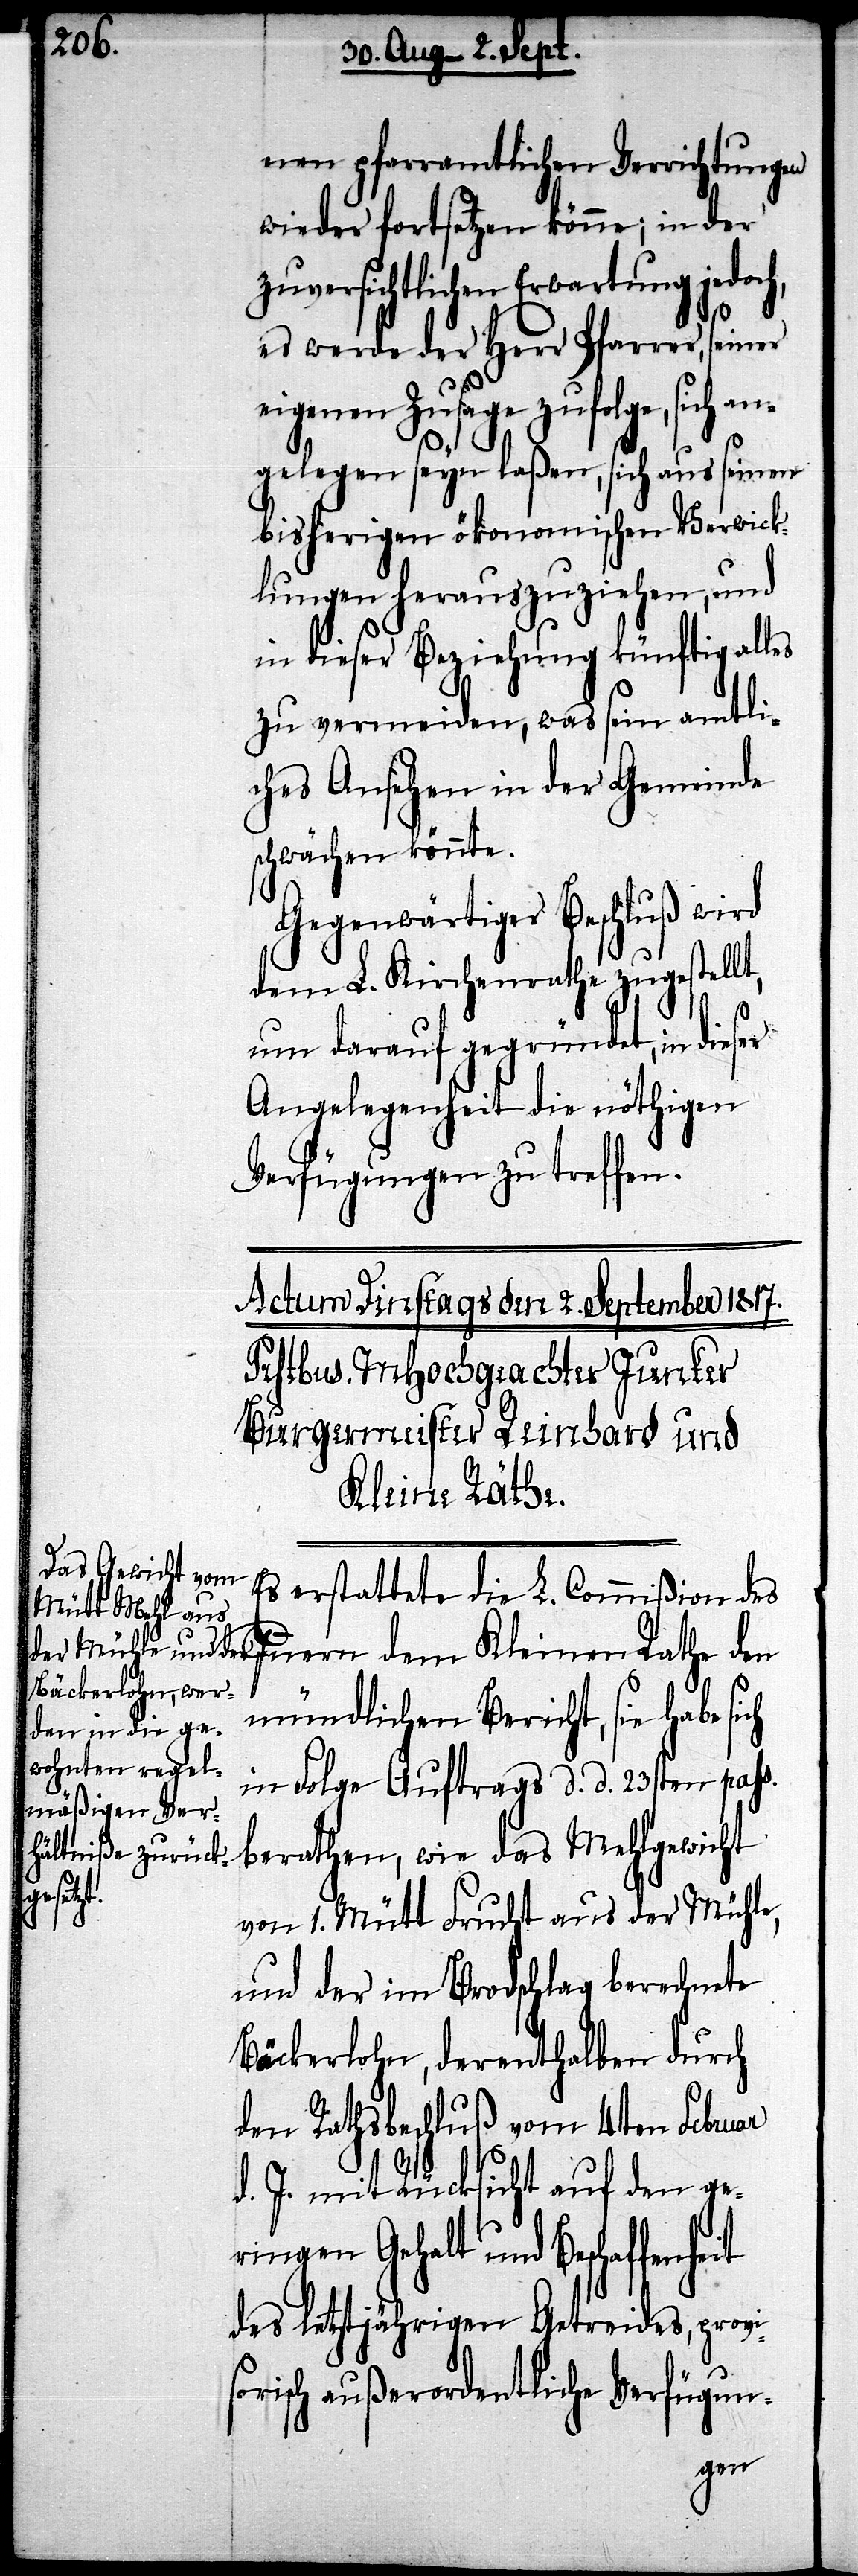
nen pfarramtlichen Verrichtungen
wieder fortsetzen könne; in der
zuversichtlichen Erwartung jedoch,
es werde der Herr Pfarrer, seiner
eigenen Zusage zufolge, sich an¬
gelegen seyn laßen, sich aus seinen
bisherigen ökonomischen Verwick¬
lungen herauszuziehen, und
in dieser Beziehung künftig alles
zu vermeiden, was sein amtli¬
ches Ansehen in der Gemeinde
schwächen könnte.
Gegenwärtiger Beschluß wird
dem L. Kirchenrathe zugestellt,
um darauf gegründet, in dieser
Angelegenheit die nöthigen
Verfügungen zu treffen.
Kleinen Rathe
Es erstattete die L. Commißion des
mündlichen Bericht, sie habe sich
in Folge Auftrags d. d. 23sten paß.
berathen, wie das Mehlgewicht
heit
von 1. Mütt Frucht aus der Mühle,
und der im Brodschlag berechnete
Bäckerlohn, derenthalben durch
den Rathsbeschluß vom 4ten Februar
d. J. mit Rücksicht auf den ge¬
ringen Gehalt und Beschaffen¬
des letztjährigen Getreides, provis¬
orisch außerordentliche Verfügun-
den